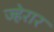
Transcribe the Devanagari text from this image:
ज्हेरार